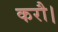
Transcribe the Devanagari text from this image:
करौ।